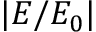
| E / E _ { 0 } |